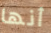
أنها